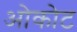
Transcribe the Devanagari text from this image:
ओकोट